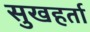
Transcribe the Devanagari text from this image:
सुखहर्ता